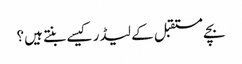
بچے مستقبل کے لیڈر کیسے بنتے ہیں؟